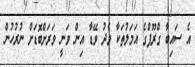
އެ ސައިބާ ގްރޫޕްގެ އަމަލުތަކާ މެދު ވޭޑާ އިން ވަނީ ވަރަށްބޮޑަށް ނުރުހުން